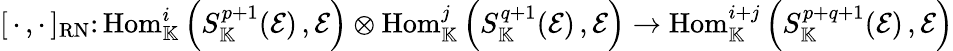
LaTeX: [\, \cdot\, ,\cdot\, ]_{\mathrm{RN}}\colon\mathrm{Hom}_{\mathbb K}^{i}\left(S_{\mathbb K}^{p+1}(\mathcal{E})\, ,\mathcal{E}\right)\otimes\mathrm{Hom}_{\mathbb K}^{j}\left(S_{\mathbb K}^{q+1}(\mathcal{E})\, ,\mathcal{E}\right)\rightarrow\mathrm{Hom}_{\mathbb K}^{i+j}\left(S_{\mathbb K}^{p+q+1}(\mathcal{E})\, ,\mathcal{E}\right)